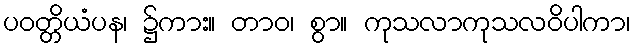
ပဝတ္တိယံပန၊ ၌ကား။ တာဝ၊ စွာ။ ကုသလာကုသလဝိပါကာ၊